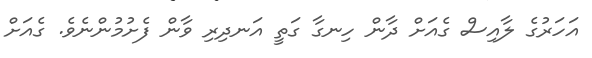
އަހަރުގެ ލާއިސް ގެއަށް ދާން ހިނގާ ގަތީ އަނދިރި ވާން ފެށުމުންނެވެ. ގެއަށް